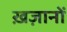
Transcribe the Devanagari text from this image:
ख़ज़ानों